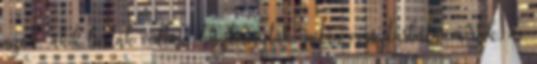
azok, akik lusták voltak, hisztériáztak, netán maszturbálni mertek, de